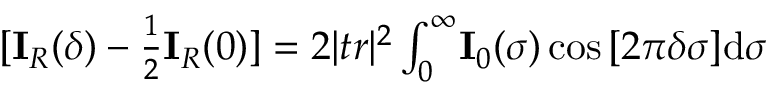
\begin{array} { r } { [ \mathbf { I } _ { R } ( \delta ) - \frac { 1 } { 2 } \mathbf { I } _ { R } ( 0 ) ] = 2 | t r | ^ { 2 } \int _ { 0 } ^ { \infty } \! \mathbf { I } _ { 0 } ( \sigma ) \cos { [ 2 \pi \delta \sigma ] } \mathrm { d } \sigma } \end{array}